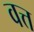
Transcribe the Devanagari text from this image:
वत्त